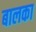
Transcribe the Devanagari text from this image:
बालका